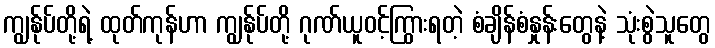
ကျွန်ုပ်တို့ရဲ့ ထုတ်ကုန်ဟာ ကျွန်ုပ်တို့ ဂုဏ်ယူဝင့်ကြွားရတဲ့ စံချိန်စံနှုန်းတွေနဲ့ သုံးစွဲသူတွေ